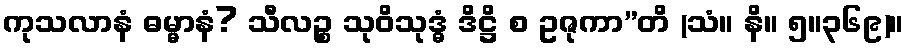
ကုသလာနံ ဓမ္မာနံ? သီလဉ္စ သုဝိသုဒ္ဓံ ဒိဋ္ဌိ စ ဥဇုကာ”တိ (သံ။ နိ။ ၅။၃၆၉)။